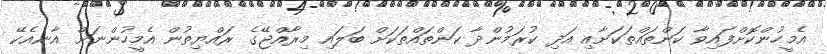
އެމީހުންކޮށްފައިވާ ކަންތައްތަކަށާއި އަދި ކުރަމުންދާ ކަންތައްތަކަށް ބަލައި މިރާއްޖޭގެ ރައްޔިތުން އެމީހުންނަށް އާނއެކޭ